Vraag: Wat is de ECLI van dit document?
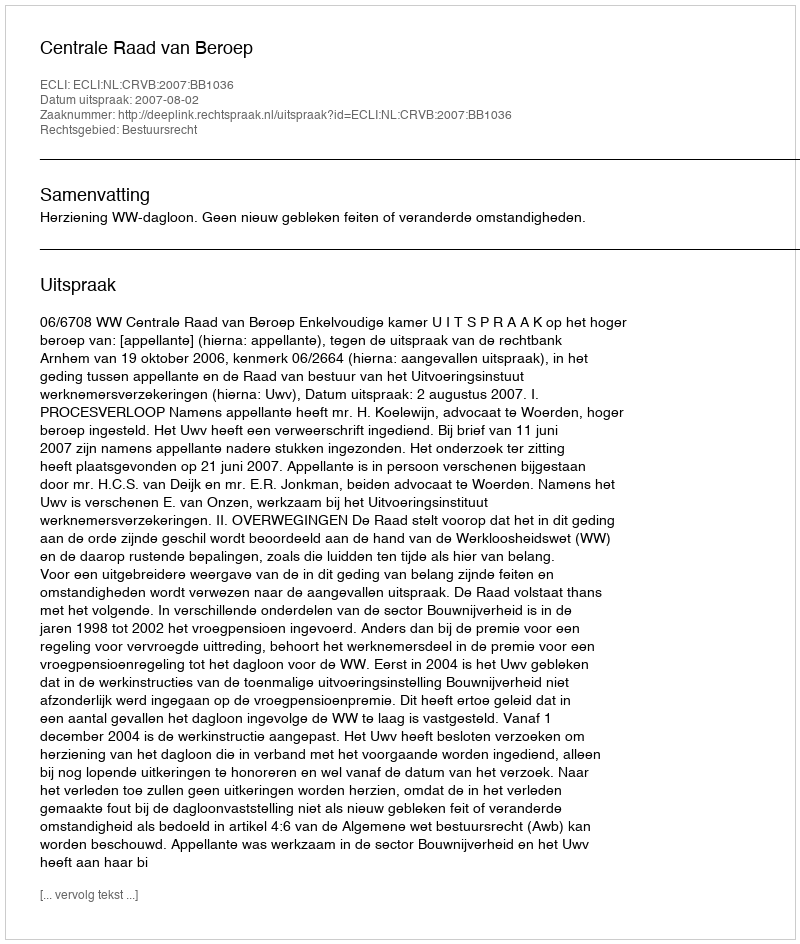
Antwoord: ECLI:NL:CRVB:2007:BB1036